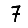
Digit: 7